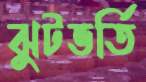
ঝুটভর্তি